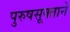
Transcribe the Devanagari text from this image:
पुरुषसूक्ताने